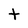
Character: t